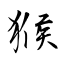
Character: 猴